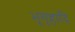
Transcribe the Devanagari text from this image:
भूगृहादि